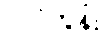
လင်ကွန်း